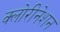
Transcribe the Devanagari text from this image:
क्लोरीनेशन